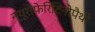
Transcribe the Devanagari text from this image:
न्यूरोफ़ेरिटिनोपैथी